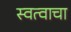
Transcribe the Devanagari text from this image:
स्वत्वाचा